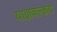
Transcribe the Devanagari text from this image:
याज्ञवल्‍कय